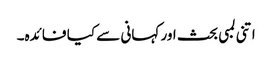
اتنی لمبی بحث اور کہانی سے کیا فائدہ۔